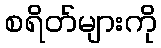
စရိတ်များကို